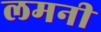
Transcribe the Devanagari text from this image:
लमनी